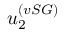
u _ { 2 } ^ { ( v S G ) }